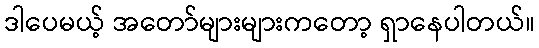
ဒါပေမယ့် အတော်များများကတော့ ရှာနေပါတယ်။